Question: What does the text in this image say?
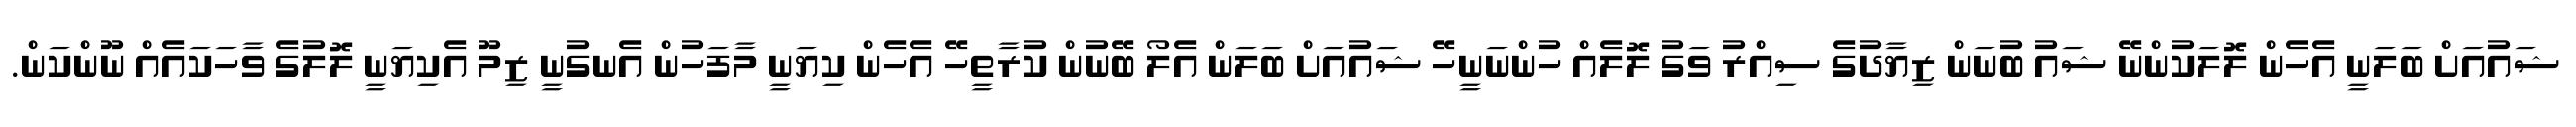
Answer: ޝައުއަށް ބަލަނީ އެހެން ލޮލަކުންނޭ ޝައު ބުނަން ޒިޔާދުގެ ސިއްރު ވަގު ލޮލެއް ހުންނަނީހޭ ޝައުއަށް ބަލަން އެލޯ ބޭނުން ކުރާތީހޭ އެހެން ކިޔަނީ މާފަހުން އެނގުނީ ޒިމޫ އެކިޔަނީ ލޮލުގެ ވާހަކައެއް ނޫންކަން.